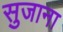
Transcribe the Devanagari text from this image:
सुजाना